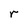
Character: r